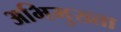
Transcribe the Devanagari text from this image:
अभिमुख्ता